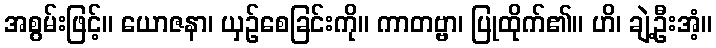
အစွမ်းဖြင့်။ ယောဇနာ၊ ယှဉ်စေခြင်းကို။ ကာတဗ္ဗာ၊ ပြုထိုက်၏။ ဟိ၊ ချဲ့ဦးအံ့။